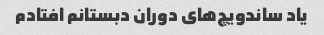
یاد ساندویچ‌های دوران دبستانم افتادم